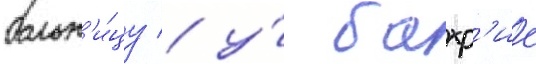
больн'и́цу / у́ бахр'ие